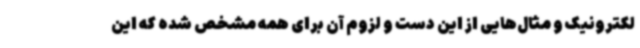
لکترونیک و مثال‌هایی از این دست و لزوم آن برای همه مشخص شده که این